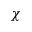
\chi